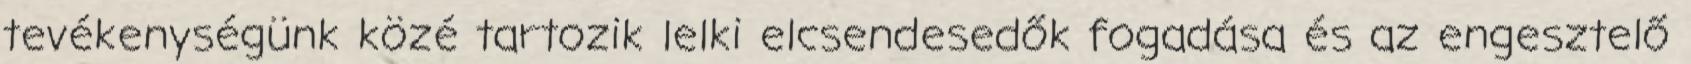
tevékenységünk közé tartozik lelki elcsendesedők fogadása és az engesztelő